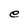
Character: e